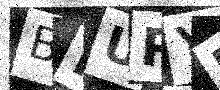
Text: BMURYE